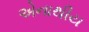
એનાથીય